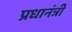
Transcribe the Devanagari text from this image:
प्रधानंत्री